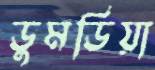
ডুমডিয়া